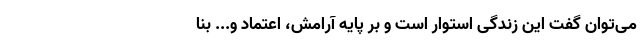
می‌توان گفت این زندگی استوار است و بر پایه آرامش، اعتماد و... بنا